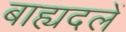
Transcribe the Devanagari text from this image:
बाह्यदलें